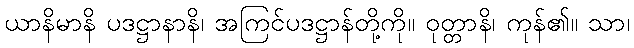
ယာနိမာနိ ပဒဋ္ဌာနာနိ၊ အကြင်ပဒဋ္ဌာန်တို့ကို။ ဝုတ္တာနိ၊ ကုန်၏။ သာ၊